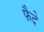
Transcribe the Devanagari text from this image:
फैदे